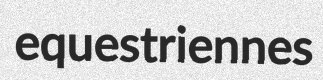
equestriennes